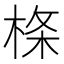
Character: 𣔌